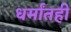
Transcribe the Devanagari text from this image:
धर्मांतही